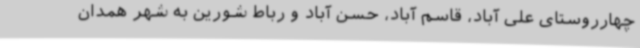
چهارروستای علی آباد، قاسم آباد، حسن آباد و رباط شورین به شهر همدان